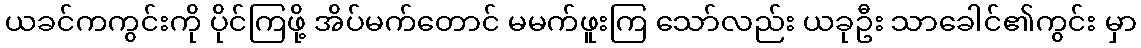
ယခင်ကကွင်းကို ပိုင်ကြဖို့ အိပ်မက်တောင် မမက်ဖူးကြ သော်လည်း ယခုဦး သာခေါင်၏ကွင်း မှာ